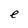
Character: e